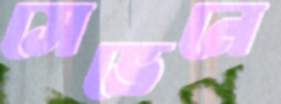
সেভেনে